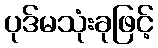
ပုဒ်မသုံးခုဖြင့်